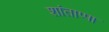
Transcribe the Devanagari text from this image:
शांताप्पा